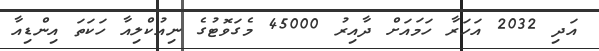
އަދި 2032 އަހަރާ ހަމައަށް ދާއިރު 45000 މެގަވޮޓުގެ ނިއުކްލިއާ ހަކަަތަ އިންޑިއާ